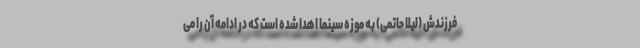
فرزندش (لیلا حاتمی) به موزه سینما اهدا شده است که در ادامه آن را می